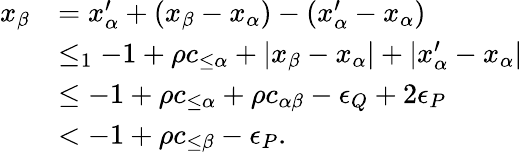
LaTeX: \begin{array}{rl}{x_{\beta}}&{=x_{\alpha}^{\prime}+(x_{\beta}-x_{\alpha})-(x_{\alpha}^{\prime}-x_{\alpha})}\\ &{\leq_{1}-1+\rho c_{\leq\alpha}+|x_{\beta}-x_{\alpha}|+|x_{\alpha}^{\prime}-x_{\alpha}|}\\ &{\leq-1+\rho c_{\leq\alpha}+\rho c_{\alpha\beta}-\epsilon_{Q}+2\epsilon_{P}}\\ &{<-1+\rho c_{\leq\beta}-\epsilon_{P}.}\end{array}